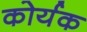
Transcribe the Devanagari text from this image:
कोर्यक